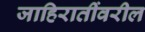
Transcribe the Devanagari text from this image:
जाहिरातींवरील